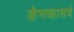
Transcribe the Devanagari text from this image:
कॅनव्हासचे